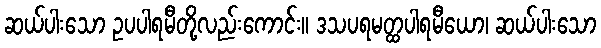
ဆယ်ပါးသော ဥပပါရမီတို့လည်းကောင်း။ ဒသပရမတ္ထပါရမီယော၊ ဆယ်ပါးသော